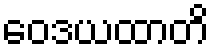
ဝေဒယထာတိ